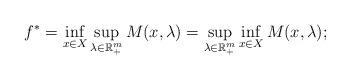
LaTeX: \begin{align*} f^*=\inf_{x \in X} \sup_{\lambda \in \mathbb{R}^m_+} M(x, \lambda)=\sup_{\lambda \in \mathbb{R}^m_+} \inf_{x \in X} M(x, \lambda);\end{align*}